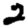
Digit: 2